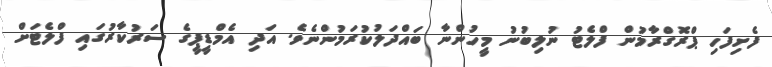
ފެށިފަހި ޕްރޮގްރާމުން ފްލެޓު ނުލިބުނު މީހުންނާ ބައްދަލުކުރަމުންނެވެ. އަދި އެމްޑީޕީގެ ސަރުކާރުގައި ފްލެޓަށް